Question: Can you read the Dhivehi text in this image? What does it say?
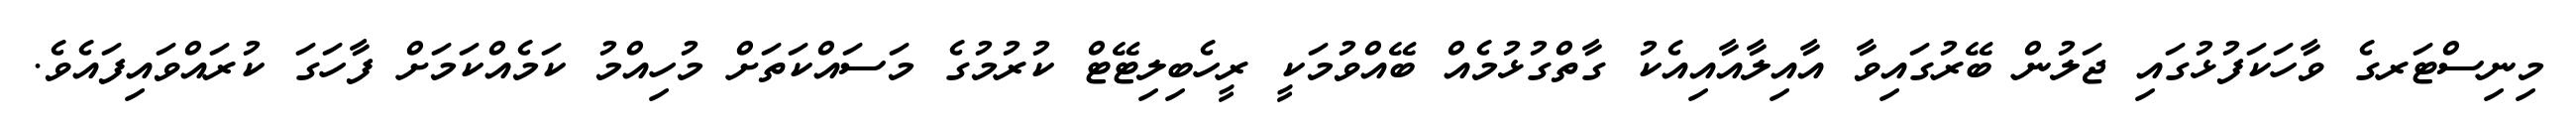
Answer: މިނިސްޓަރގެ ވާހަކަފުޅުގައި ޖަލުން ބޭރުގައިވާ އާއިލާއާއިއެކު ގާތްގުޅުމެއް ބޭއްވުމަކީ ރީހެބިލިޓޭޓް ކުރުމުގެ މަސައްކަތަށް މުހިއްމު ކަމެއްކަމަށް ފާހަގަ ކުރައްވައިފައެވެ.